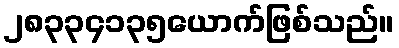
၂၈၃၃၄၁၃၅ယောက်ဖြစ်သည်။